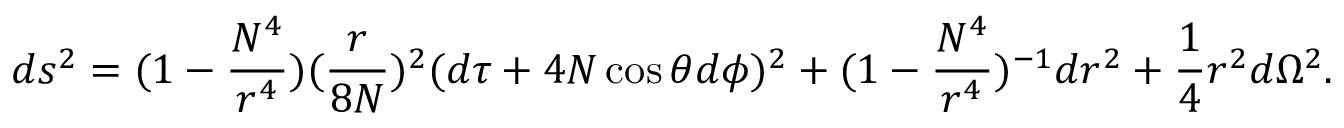
d s ^ { 2 } = ( 1 - \frac { N ^ { 4 } } { r ^ { 4 } } ) ( \frac { r } { 8 N } ) ^ { 2 } ( d \tau + 4 N \cos \theta d \phi ) ^ { 2 } + ( 1 - \frac { N ^ { 4 } } { r ^ { 4 } } ) ^ { - 1 } d r ^ { 2 } + \frac { 1 } { 4 } r ^ { 2 } d \Omega ^ { 2 } .